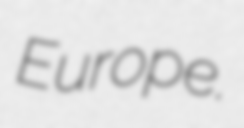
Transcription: Europe.